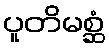
ပူတိမစ္ဆံ